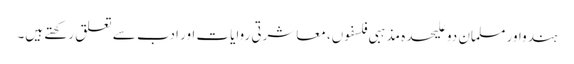
ہندواور مسلمان دو علیحدہ مذہبی فلسفوں، معاشرتی روایات اور ادب سے تعلق رکھتے ہیں۔